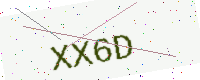
Text: XX6D